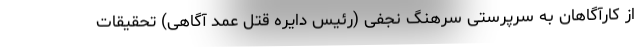
از کارآگاهان به سرپرستی سرهنگ نجفی (رئیس دایره قتل عمد آگاهی) تحقیقات